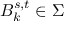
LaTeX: B _ { k } ^ { s , t } \in \Sigma